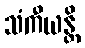
သံကီယန္တိ